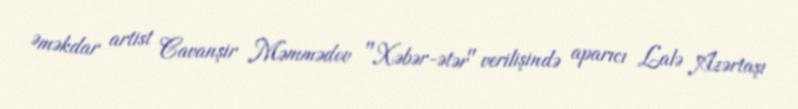
Əməkdar artist Cavanşir Məmmədov "Xəbər-ətər" verilişində aparıcı Lalə Azərtaşı